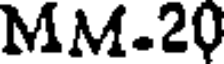
MM.20